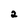
Character: 2